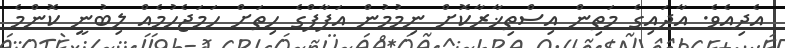
އެދިއެވެ. އާދައިގެ މަތިން އިސްތިޚާރާކޮށް ނިމުމުން އަފާފްގެ ހިތަށް ހަމަޖެހުމެއް ލިބުނީ ކޮންމެ